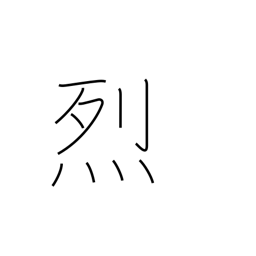
Meaning: violent